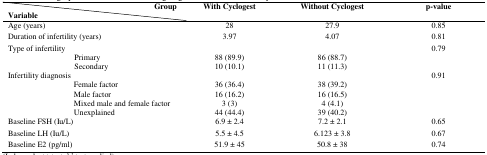
<table><thead><tr><td colspan="3"><b> Group</b></td><td rowspan="2"><b>With Cyclogest</b></td><td rowspan="2"><b>Without Cyclogest</b></td><td rowspan="2"><b>p-value</b></td></tr><tr><td colspan="3"><b>Variable</b></td></tr></thead><tbody><tr><td colspan="3">Age (years)</td><td>28</td><td>27.9</td><td>0.85</td></tr><tr><td colspan="3">Duration of infertility (years)</td><td>3.97</td><td>4.07</td><td>0.81</td></tr><tr><td colspan="5">Type of infertility</td><td rowspan="3">0.79</td></tr><tr><td colspan="2"></td><td>Primary</td><td>88 (89.9)</td><td>86 (88.7)</td></tr><tr><td colspan="2"></td><td>Secondary</td><td>10 (10.1)</td><td>11 (11.3)</td></tr><tr><td colspan="5">Infertility diagnosis</td><td rowspan="5">0.91</td></tr><tr><td></td><td colspan="2">Female factor</td><td>36 (36.4)</td><td>38 (39.2)</td></tr><tr><td></td><td colspan="2">Male factor</td><td>16 (16.2)</td><td>16 (16.5)</td></tr><tr><td></td><td colspan="2">Mixed male and female factor </td><td>3 (3)</td><td>4 (4.1)</td></tr><tr><td></td><td colspan="2">Unexplained</td><td>44 (44.4)</td><td>39 (40.2)</td></tr><tr><td colspan="3">Baseline FSH (Iu/L)</td><td>6.9 ± 2.4</td><td>7.2 ± 2.1</td><td>0.65</td></tr><tr><td colspan="3">Baseline LH (Iu/L)</td><td>5.5 ± 4.5</td><td>6.123 ± 3.8</td><td>0.67</td></tr><tr><td colspan="3">Baseline E2 (pg/ml)</td><td>51.9 ± 45</td><td>50.8 ± 38</td><td>0.74</td></tr></tbody></table>